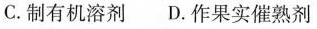
C.制有机溶剂 D.作果实催熟剂